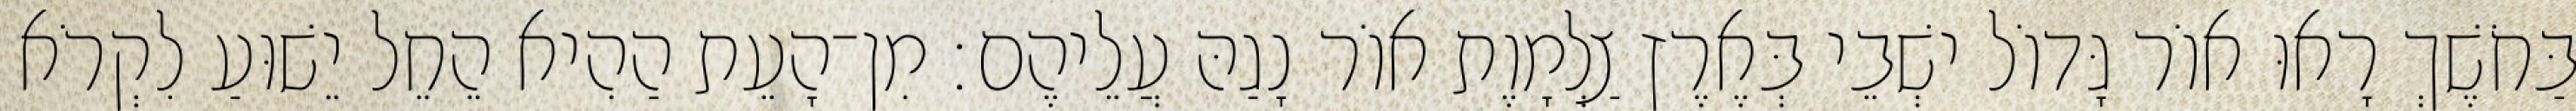
בַּחֹשֶׁךְ רָאוּ אוֹר גָּדוֹל ישְׁבֵי בְּאֶרֶץ צַלְמָוֶת אוֹר נָגַהּ עֲלֵיהֶם׃ מִן־הָעֵת הַהִיא הֵחֵל יֵשׁוּעַ לִקְרֹא